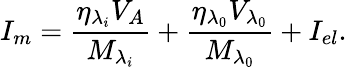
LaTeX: {{I_{m}}}=\frac{{{\eta}_{{{\lambda}_{i}}}}{{V}_{{A}}}}{{{M}_{{{\lambda}_{i}}}}}+\frac{{{\eta}_{{{\lambda}_{0}}}}{{V}_{{{\lambda}_{0}}}}}{{{M}_{{{\lambda}_{0}}}}}+I_{el}.